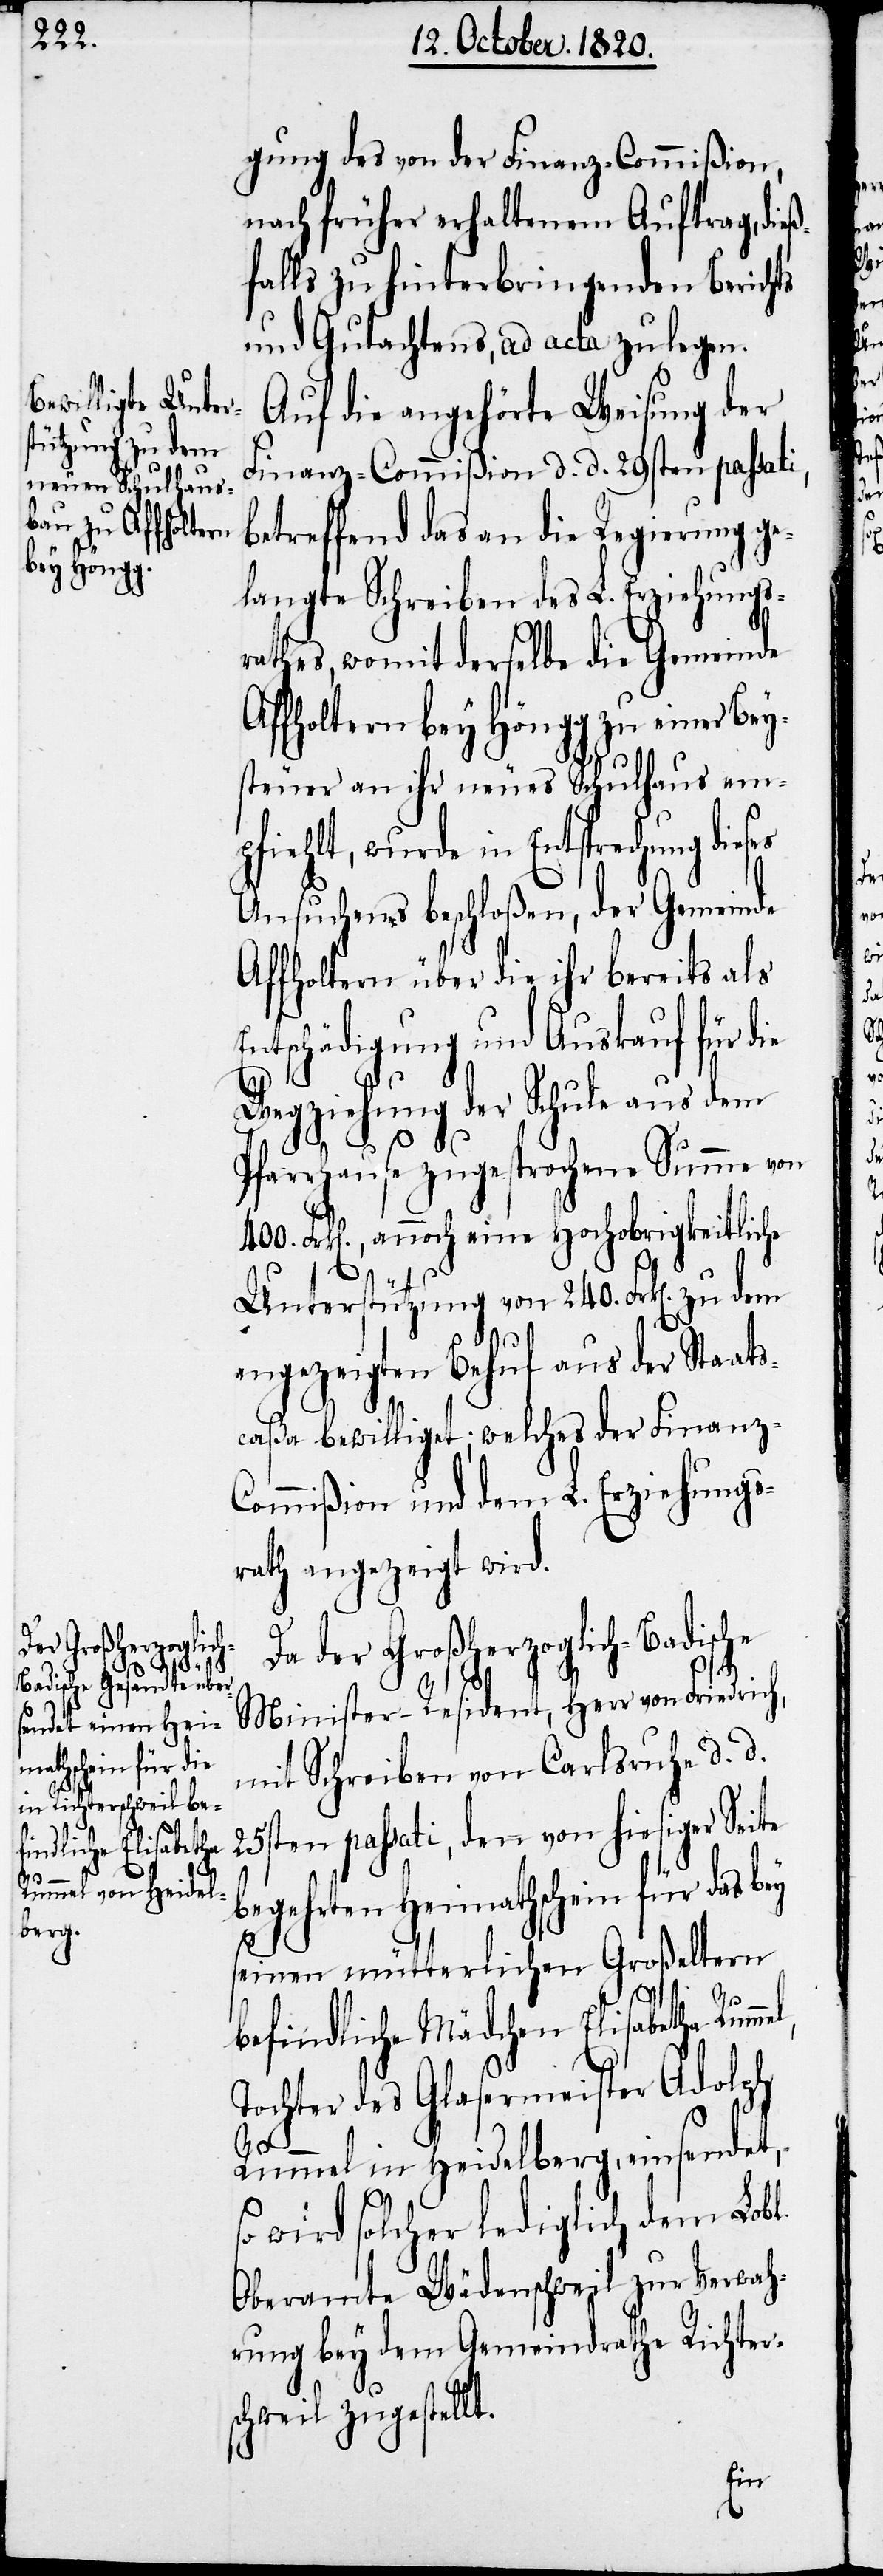
gung des von der Finanz-Commißion,
nach früher erhaltenen Auftrag, dieß¬
falls zu hinterbringenden Berichts
und Gutachtens, ad acta zu legen.
Auf die angehörte Weisung der
Finanz-Commißion d. d. 29sten passati,
betreffend das an die Regierung ge¬
langte Schreiben des L. Erziehungs¬
rathes, womit derselbe die Gemeinde
Affholtern bey Höngg zu einer Bey¬
steuer an ihr neues Schulhaus em¬
pfiehlt, wurde in Entsprechung dieses
Ansuchens beschloßen, der Gemeinde
Affholtern über die ihr bereits als
Entschädigung und Auskauf für die
Wegziehung der Schule aus dem
Pfarrhause zugestandene Summe von
Frk[en]., annoch eine Hochobrigkeitliche
Unterstützung von 240. Frk[en]. zu
angezeigten Behuf aus der Staats¬
caßa bewilliget; welches der Finanz-C¬
ommißion und dem L. Erziehungs¬
rath angezeigt wird.
Da der Großherzoglich-Badische
Minister-Resident, Herr von Friedrich,
mit Schreiben von Carlsruhe d. d.
25sten passati, den von hiesiger Seite
begehrten Heimathschein für das bey
400.
seinen mütterlichen Großeltern
t.
befindliche Mädchen Elisabetha Rummel,
Tochter des Glasermeister Adolph
Rummel in Heidelberg, einsendet,
so wird solcher lediglich dem Lobl.
Oberamte Wädenschweil zur Verwah¬
rung bey dem Gemeindrathe Richters¬
chweil zugestell¬